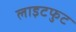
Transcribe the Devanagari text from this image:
लाइटफुट